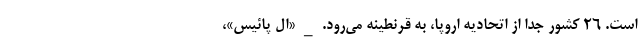
است. ۲۶ کشور جدا از اتحادیه اروپا، به قرنطینه می‌رود. _ «ال پائیس»،